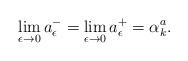
LaTeX: \begin{align*}\lim_{\epsilon\to 0} a^-_\epsilon=\lim_{\epsilon\to 0} a^+_\epsilon=\alpha_k^a.\end{align*}